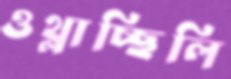
ওথ্‌লাচ্ছিলি